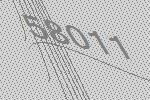
58011